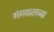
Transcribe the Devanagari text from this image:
गंगवालच्या